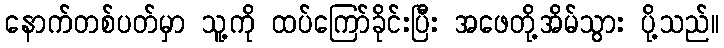
နောက်တစ်ပတ်မှာ သူ့ကို ထပ်ကြော်ခိုင်းပြီး အဖေတို့အိမ်သွား ပို့သည်။